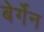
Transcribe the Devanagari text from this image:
बेर्गेन